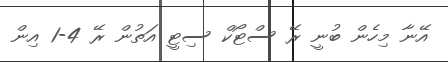
އޭނާ މިހެން ބުނީ ރޭ ސްޓޯކް ސިޓީ އަތުން ރޭ 4-1 އިން